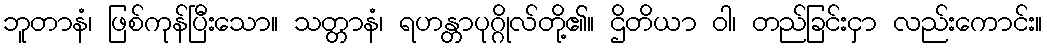
ဘူတာနံ၊ ဖြစ်ကုန်ပြီးသော။ သတ္တာနံ၊ ရဟန္တာပုဂ္ဂိုလ်တို့၏။ ဌိတိယာ ဝါ၊ တည်ခြင်းငှာ လည်းကောင်း။